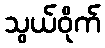
သွယ်ဝိုက်